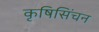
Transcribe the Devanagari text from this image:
कृषिसिंचन